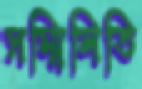
সম্মিলিতি